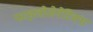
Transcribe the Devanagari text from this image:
फाइलोजेनेटिक्स